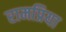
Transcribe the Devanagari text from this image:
रामप्रिया